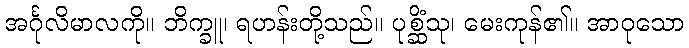
အင်္ဂုလိမာလကို။ ဘိက္ခူ၊ ရဟန်းတို့သည်။ ပုစ္ဆိံသု၊ မေးကုန်၏။ အာဝုသော